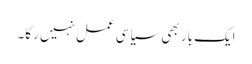
ایک بار بھی سیاسی عمل نہیں رکا۔